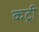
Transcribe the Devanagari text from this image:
कट्री